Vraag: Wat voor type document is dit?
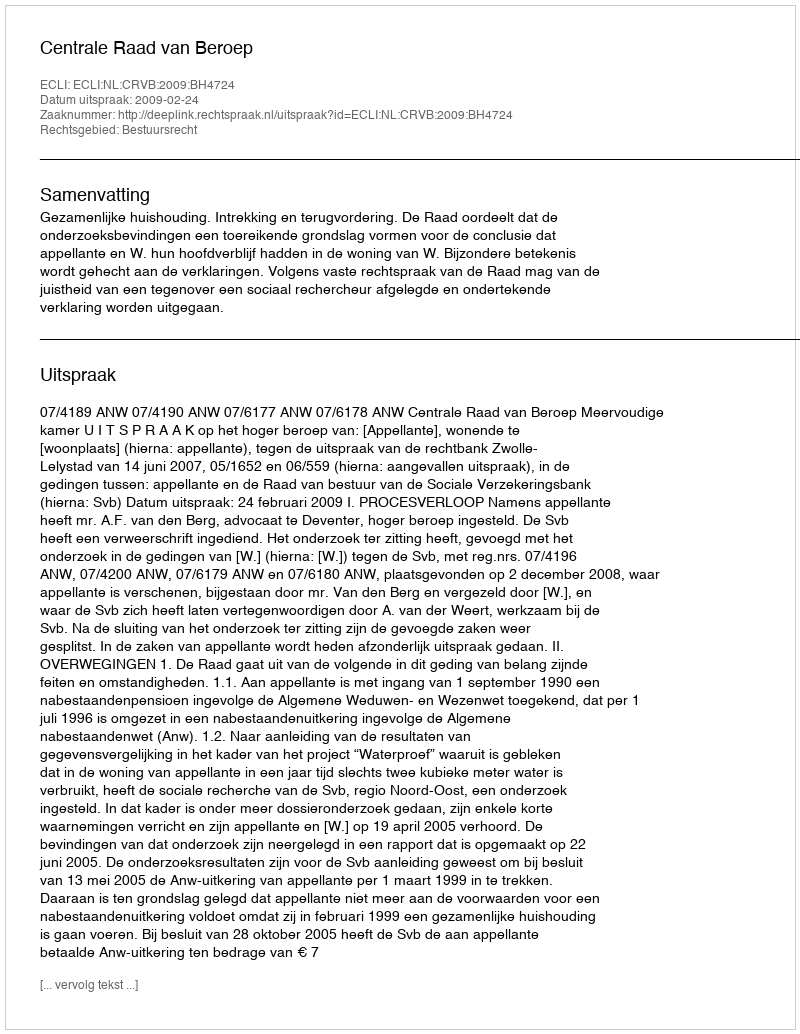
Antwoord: Uitspraak